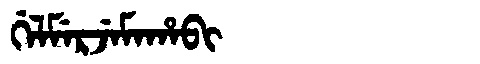
Manchu: ᡤᡝᠯᠮᡝᡵᠵᡝᠮᠠᡥᠠᠪᡳ
Romanization: GELMERJEMAHABI